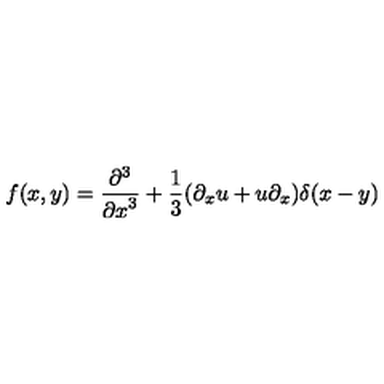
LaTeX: f ( x , y ) = { \frac { \partial ^ { 3 } } { { \partial x } ^ { 3 } } } + { \frac { 1 } { 3 } } ( \partial _ { x } u + u \partial _ { x } ) \delta ( x - y )